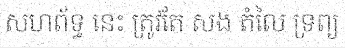
សហព័ទ្ធ នេះ ត្រូវតែ សង តំលៃ ទ្រព្យ